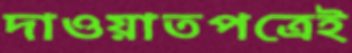
দাওয়াতপত্রেই